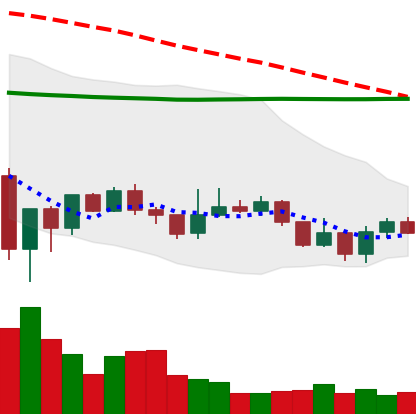
Ticker: LINK-USD
Chart end date: 2020-01-05
Forward return: 23.021%
Label: up_7plus